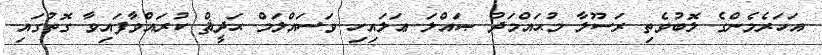
އަހަރެމެންގެ ލޮބުވެތި ރަސޫލާ މުޙައްމަދު ޞައްލަ ޢަލައިހި ވަސައްލަމް ޙަދީޘް ކުރައްވާފައިވާ ގޮތުގައި